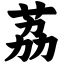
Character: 荔